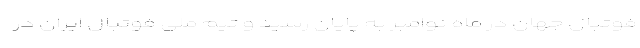
فوتبال جهان در ماه نوامبر به پایان رسید و تیم ملی فوتبال ایران در